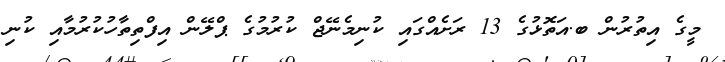
މީގެ އިތުރުން ބ.އަތޮޅުގެ 13 ރަށެއްގައި ކުނިމެނޭޖް ކުރުމުގެ ޕްލޭން އިފްތިތާހުކުރުމާއި ކުނި